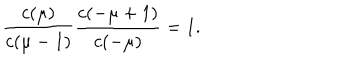
\frac { c ( \mu ) } { c ( \mu - 1 ) } \frac { c ( - \mu + 1 ) } { c ( - \mu ) } = 1 .